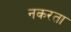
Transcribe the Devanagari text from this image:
नकरता